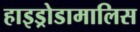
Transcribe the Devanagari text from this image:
हाइड्रोडामालिस